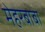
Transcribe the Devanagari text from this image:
मेहरबाबा